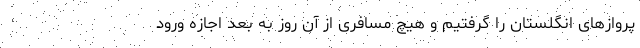
پروازهای انگلستان را گرفتیم و هیچ مسافری از آن روز به بعد اجازه ورود